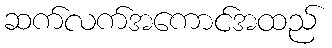
ဆက်လက်အကောင်အထည်